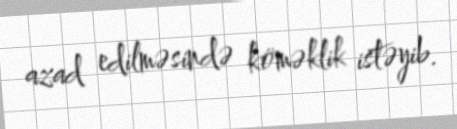
azad edilməsində köməklik istəyib.